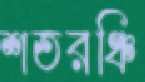
শতরঞ্চি